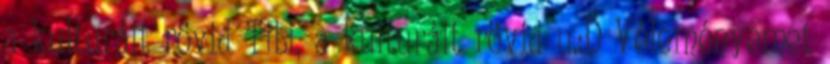
a kulturált rövid Tibi, a kulturált rövid u.:D Véleményemet